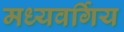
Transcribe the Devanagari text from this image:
मध्यवर्गिय